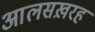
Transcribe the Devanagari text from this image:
आलसख़रह